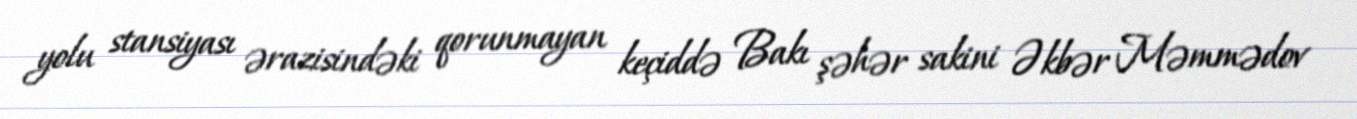
yolu stansiyası ərazisindəki qorunmayan keçiddə Bakı şəhər sakini Əkbər Məmmədov